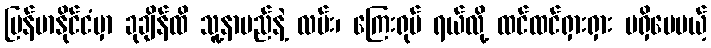
မြန်မာနိုင်ငံမှာ ခုချိန်ထိ သူ့နာမည်နဲ့ လမ်း၊ ကြေးရုပ် ရယ်လို့ ထင်ထင်ရှားရှား မရှိပေမယ့်